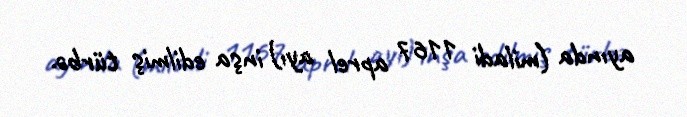
ayında (miladi 1167 aprel ayı) inşa edilmiş türbə.